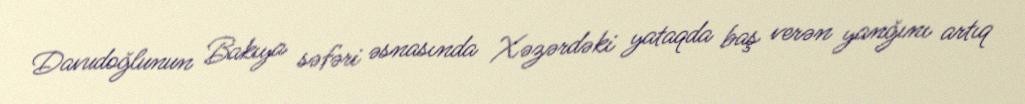
Davudoğlunun Bakıya səfəri əsnasında Xəzərdəki yataqda baş verən yanğını artıq